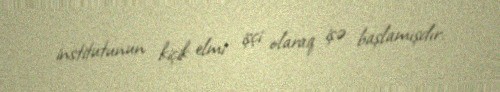
institutunun kiçik elmi işçi olaraq işə başlamışdır.